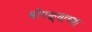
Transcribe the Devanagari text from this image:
भोपळ्याच्या